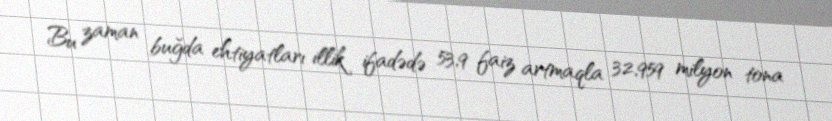
Bu zaman buğda ehtiyatları illik ifadədə 53,9 faiz artmaqla 32,959 milyon tona